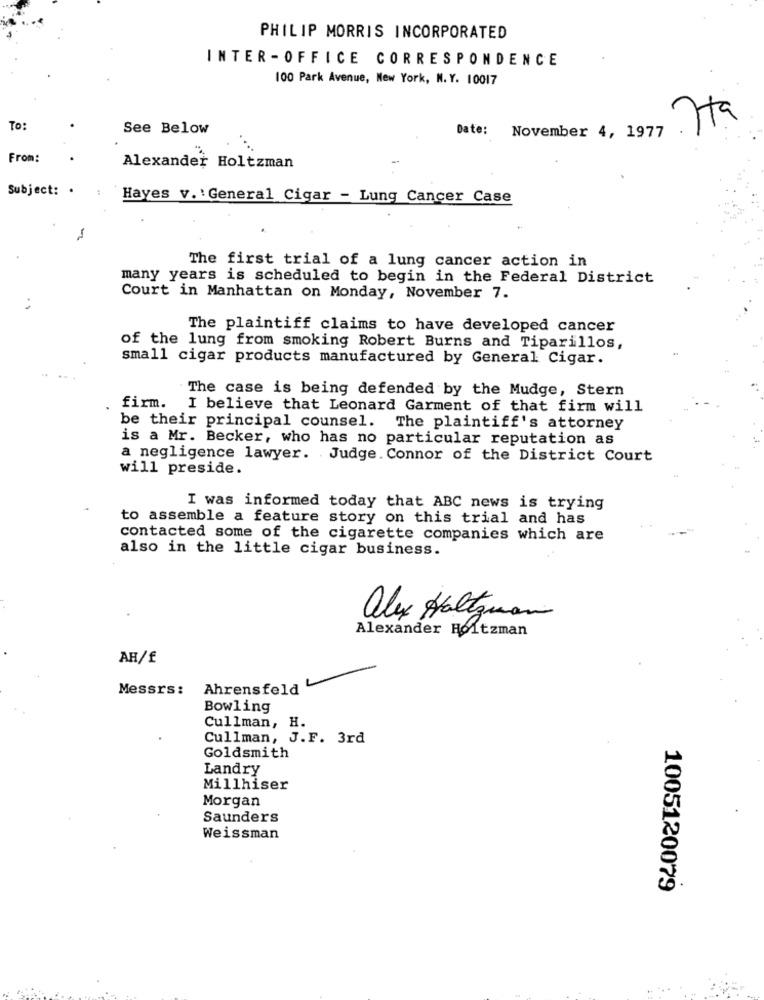
PHILIP MORRIS INCORPORATED
INTER -OFFICE CORRESPONDENCE
100 Park Avenue, New York, N. Y. 10017
Ita
To:
See Below
Date: November 4, 1977
...
From:
Alexander Holtzman
Subject: .
Hayes v. : General Cigar - Lung Cancer Case
The first trial of a lung cancer action in
many years is scheduled to begin in the Federal District
Court in Manhattan on Monday, November 7.
The plaintiff claims to have developed cancer
of the lung from smoking Robert Burns and Tiparillos,
small cigar products manufactured by General Cigar.
The case is being defended by the Mudge, Stern
firm.
I believe that Leonard Garment of that firm will
be their principal counsel. The plaintiff's attorney
is a Mr. Becker, who has no particular reputation as
a negligence lawyer. Judge. Connor of the District Court
will preside.
I was informed today that ABC news is trying
to assemble a feature story on this trial and has
contacted some of the cigarette companies which are
also in the little cigar business.
alex Haltguan
Alexander Holtzman
AH/f
Messrs:
Ahrensfeld
Bowling
Cullman, H.
Cullman, J.F. 3rd
Goldsmith
Landry
Millhiser
Morgan
Saunders
Weissman
1005120079